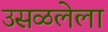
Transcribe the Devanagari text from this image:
उसळलेला